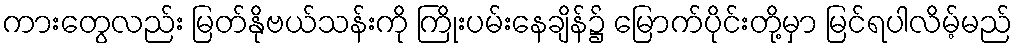
ကားတွေလည်း မြတ်နိုဗယ်သန်းကို ကြိုးပမ်းနေချိန်၌ မြောက်ပိုင်းတို့မှာ မြင်ရပါလိမ့်မည်